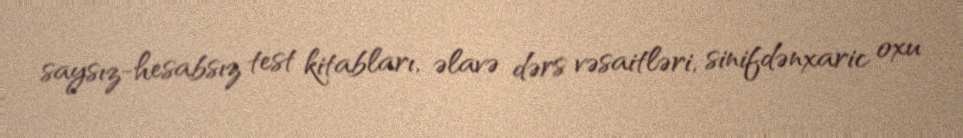
saysız-hesabsız test kitabları, əlavə dərs vəsaitləri, sinifdənxaric oxu